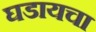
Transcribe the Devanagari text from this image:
घडायचा